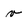
Character: v